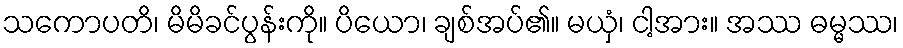
သကောပတိ၊ မိမိခင်ပွန်းကို။ ပိယော၊ ချစ်အပ်၏။ မယှံ၊ ငါ့အား။ အဿ ဓမ္မဿ၊